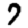
Digit: 7